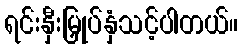
ရင်းနှီးမြှုပ်နှံသင့်ပါတယ်။